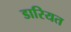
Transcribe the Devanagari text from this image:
डारियत